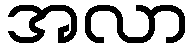
အလာ